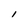
Character: l